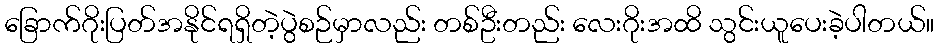
ခြောက်ဂိုးပြတ်အနိုင်ရရှိတဲ့ပွဲစဉ်မှာလည်း တစ်ဦးတည်း လေးဂိုးအထိ သွင်းယူပေးခဲ့ပါတယ်။